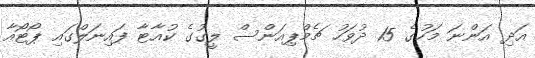
އަދި އަންނަ މަހުގެ 15 ދުވަހު ޗެމްޕިއަންސް ލީގުގެ ކުއާޓާ ފައިނަލްގައި ޕޯޓޯއާ